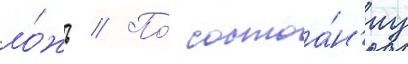
ло́жь // По́ состоа́н'иу